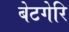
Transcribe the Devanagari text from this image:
बेटगेरि